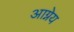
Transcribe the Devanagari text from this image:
अाग्नेय